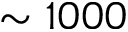
\sim 1 0 0 0